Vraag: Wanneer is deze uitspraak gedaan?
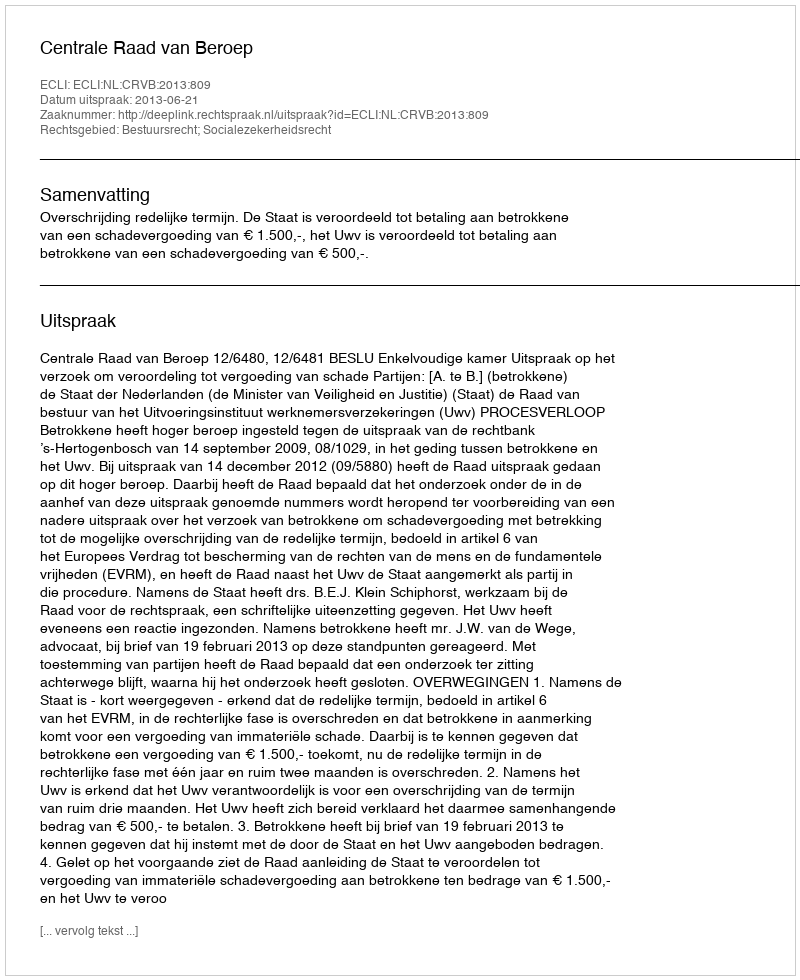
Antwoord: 2013-06-21